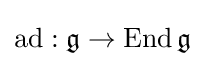
\operatorname {ad} :{\mathfrak {g}}\rightarrow \operatorname {End} {\mathfrak {g}}